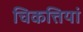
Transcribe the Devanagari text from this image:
चिकत्तियां